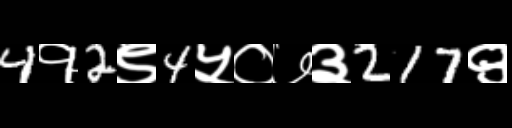
Text: 4१2९4५०७३217९